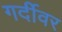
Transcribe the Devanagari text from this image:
गर्दीवर